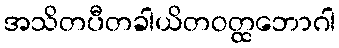
အသိတပီတခါယိတဝတ္ထဘောဂါ